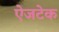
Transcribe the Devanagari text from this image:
ऐजटेक